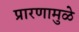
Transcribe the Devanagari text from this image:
प्रारणामुळे